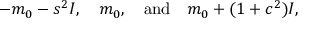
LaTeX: - m _ { 0 } - s ^ { 2 } I , ~ ~ ~ m _ { 0 } , ~ ~ ~ \mathrm { a n d } ~ ~ ~ m _ { 0 } + ( 1 + c ^ { 2 } ) I ,